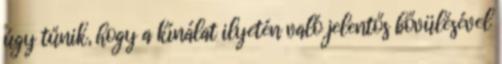
úgy tűnik, hogy a kínálat ilyetén való jelentős bővülésével